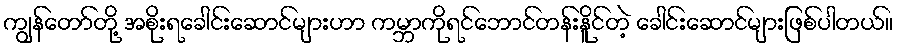
ကျွန်တော်တို့ အစိုးရခေါင်းဆောင်များဟာ ကမ္ဘာကိုရင်ဘောင်တန်းနိူင်တဲ့ ခေါင်းဆောင်များဖြစ်ပါတယ်။